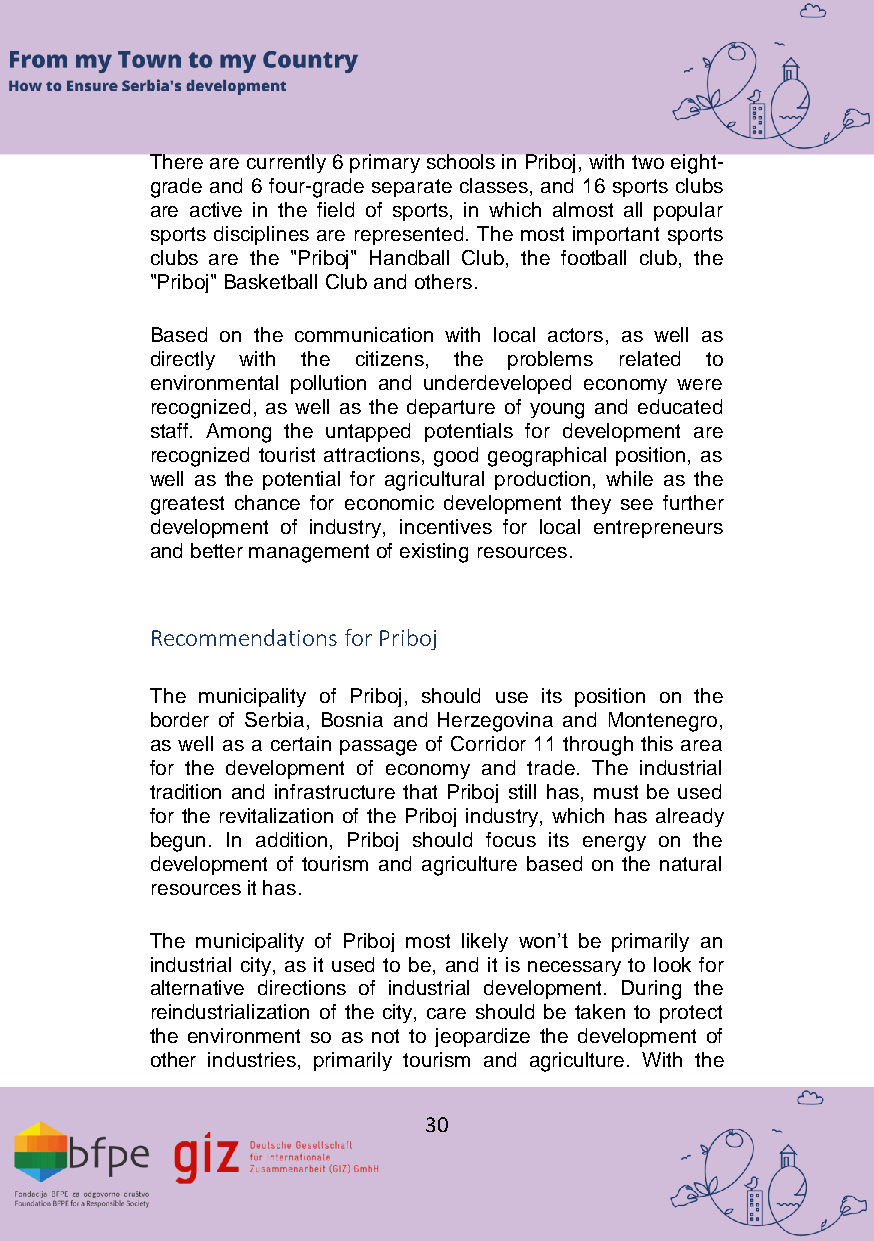
There are currently 6 primary schools in Priboj, with two eight-
 grade and 6 four-grade separate classes, and 16 sports clubs
 are active in the field of sports, in which almost all popular
 sports disciplines are represented. The most important sports
 clubs are the "Priboj" Handball Club, the football club, the
 "Priboj" Basketball Club and others.
 Based on the communication with local actors, as well as
 directly with the citizens, the problems related to
 environmental pollution and underdeveloped economy were
 recognized, as well as the departure of young and educated
 staff. Among the untapped potentials for development are
 recognized tourist attractions, good geographical position, as
 well as the potential for agricultural production, while as the
 greatest chance for economic development they see further
 development of industry, incentives for local entrepreneurs
 and better management of existing resources.
 Recommendations for Priboj
 The municipality of Priboj, should use its position on the
 border of Serbia, Bosnia and Herzegovina and Montenegro,
 as well as a certain passage of Corridor 11 through this area
 for the development of economy and trade. The industrial
 tradition and infrastructure that Priboj still has, must be used
 for the revitalization of the Priboj industry, which has already
 begun. In addition, Priboj should focus its energy on the
 development of tourism and agriculture based on the natural
 resources it has.
 The municipality of Priboj most likely won’t be primarily an
 industrial city, as it used to be, and it is necessary to look for
 alternative directions of industrial development. During the
 reindustrialization of the city, care should be taken to protect
 the environment so as not to jeopardize the development of
 other industries, primarily tourism and agriculture. With the
 30